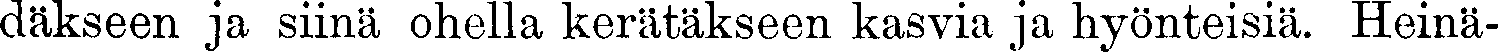
däkseen ja siinä ohella kerätäkseen kasvia ja hyönteisiä. Heinä-